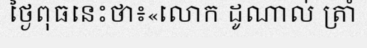
ថ្ងៃពុធនេះថា៖«លោក ដូណាល់ ត្រាំ